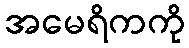
အမေရိကကို